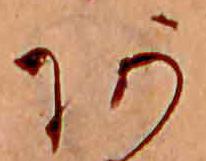
あ